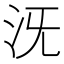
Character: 𣲪